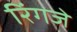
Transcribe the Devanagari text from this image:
रिंगजे